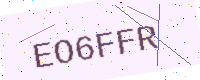
Text: EO6FFR